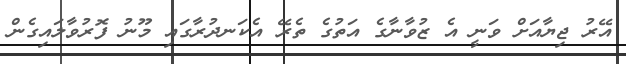
އޭރު ޖިޔާއަށް ވަނީ އެ ޒުވާނާގެ އަތުގެ ތެރޭ އެކަނދުރާގައި މޫނު ފޮރުވާލައިގެން